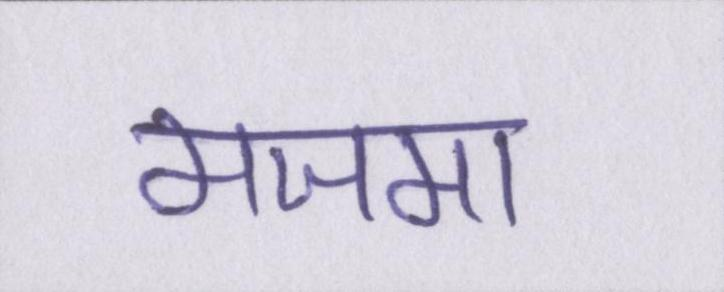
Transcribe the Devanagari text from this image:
मजमा